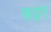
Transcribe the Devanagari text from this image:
फ़इए